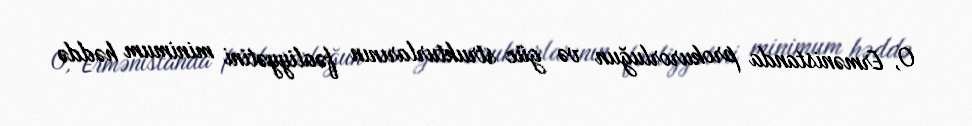
O, Ermənistanda prokurorluğun və güc strukturlarının fəaliyyətini minimum həddə